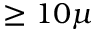
\geq 1 0 \mu